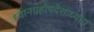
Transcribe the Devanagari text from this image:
ध्यानग्रहोपदेशाध्याय